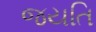
જયતિ